Materia medica of Madras volume I
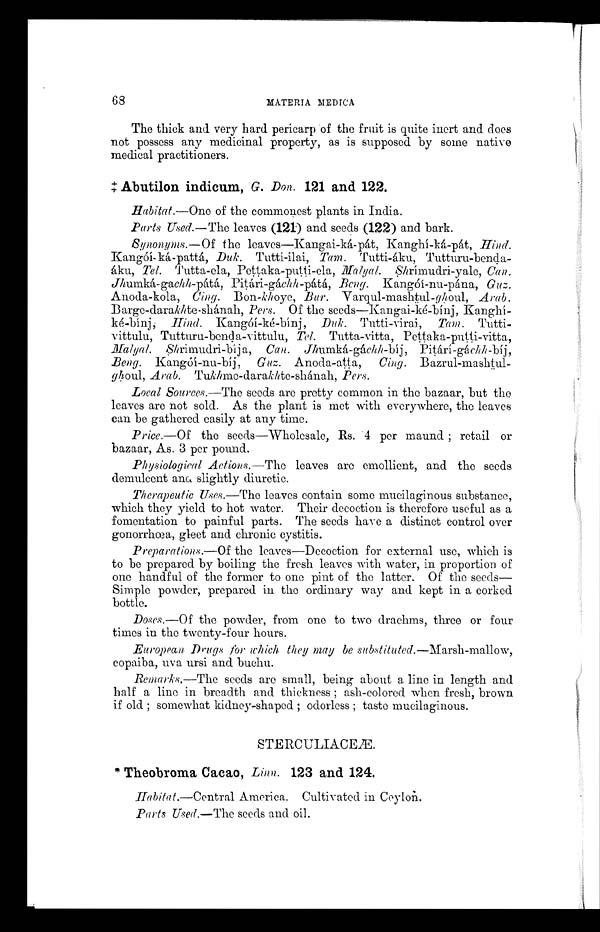
68
MATERIA BIEDICA
The thick and very hard pericarp of the fruit is quite inert and does
not possess any medicinal property, as is supposed by some native
medical practitioners.
‡ A b u t i l o n i n d i c u m ,
G . D o n .
1 2 1 a n d 1 2 2 .
Habitat.—One of the commonest plants in India.
Parts Used.—The leaves (121) and seeds (122) and bark.
Synonyms.—Of the leaves—Kangai-ká-Pát, Kanghí-ká-pát, Hind.
Kangóí-Ká-pattá, Duk. Tutti-ilai, Tam. Tutti-áku,
T u t t u r u - b e n d a á k u ,
T e l .
T u t t a - e l a , P e t t a k a - p u t t i - e l a , S h r í m u d r i - y a l e ,C
a n .
Jhumká-gachh-pátá, Pitári-gáchh-pátá, Beng. Kangóí-nu-pána, Guz.
Anoda-kola, Cing. Bon-khoye, Bur. Varqul-mashtul-ghtoul, Arab.
Barge-darakhte-shánah, Pers. Of the seeds—Kangai-Ké-binj, Kanghí-
ké-bínj, Hind Kangóí-ké-binj , Duk. Tutti-virai, Tam. Tutti-
vittulu, Tutturu-benda-vittulu, Tel. Tutta-vitta, Pettaka-putti-vitta,
Malyal Shrimudri-bíja, Can. Jhumká-gáchh-bíj,-gách h,
Beng. Kangóí-nu-bij, Guz. Anoda-atta, Cing. Bazrul-ma
shtul-ghoul, Arab. Tukhme-darakhte-shánah, Pers.
Local Sources.—The seeds are pretty common in the bazaar, but the
leaves are not sold. As the plant is met with everywhere, the leaves
can be gathered easily at any time.
Price.—Of the seeds—Wholesale, Rs. 4 per maund ; retail or
bazaar, As. 3 per pound.
Physiological Actions.—The leaves are emollient, and the seeds
demulcent and, slightly diuretic.
Therapeutic Uses.—The leaves contain some mucilaginous substance,
which they yield to hot water. Their decoction is therefore useful as a
fomentation to painful parts. The seeds have a distinct control over
gonorrhœa, gleet and chronic cystitis.
Preparations.—Of the leaves—Decoction for external use, which is
to be prepared by boiling the fresh leaves with water, in proportion of
one handful of the former to one pint of the latter. Of the seeds—
Simple powder, prepared in the ordinary way and kept in a corked
bottle.
Doses.—Of the powder, from one to two drachms, three or four
times in the twenty-four hours.
European. Drugs for which they may be substituted.—Marsh-mallow,
copaiba, uva ursi and buchu.
Remarks.—The seeds are small, being about a line in length and
half a line in breadth and thickness ; ash-colored when fresh, brown
if old ; somewhat kidney-shaped ; odorless ; taste mucilaginous.
STERCULIACÆ
*Theobroma Cacao, Lima. 123 and 124.
Habitat.—Central America. Cultivated in Ceylon.
Parts Used.—The seeds and oil.